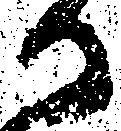
か